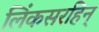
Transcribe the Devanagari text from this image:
लिंकसरहिन्